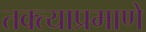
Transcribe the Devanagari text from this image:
तक्त्याप्रमाणे